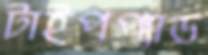
টাইপপ্যাড